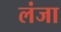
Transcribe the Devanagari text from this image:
लंजा